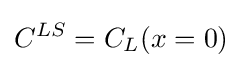
C^{LS}=C_{L}(x=0)